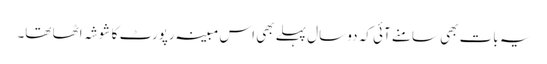
یہ بات بھی سامنے آئی کہ دو سال پہلے بھی اس مبینہ رپورٹ کا شوشہ اٹھا تھا۔